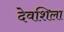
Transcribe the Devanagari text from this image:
देवशिला